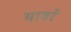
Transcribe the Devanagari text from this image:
मावरे